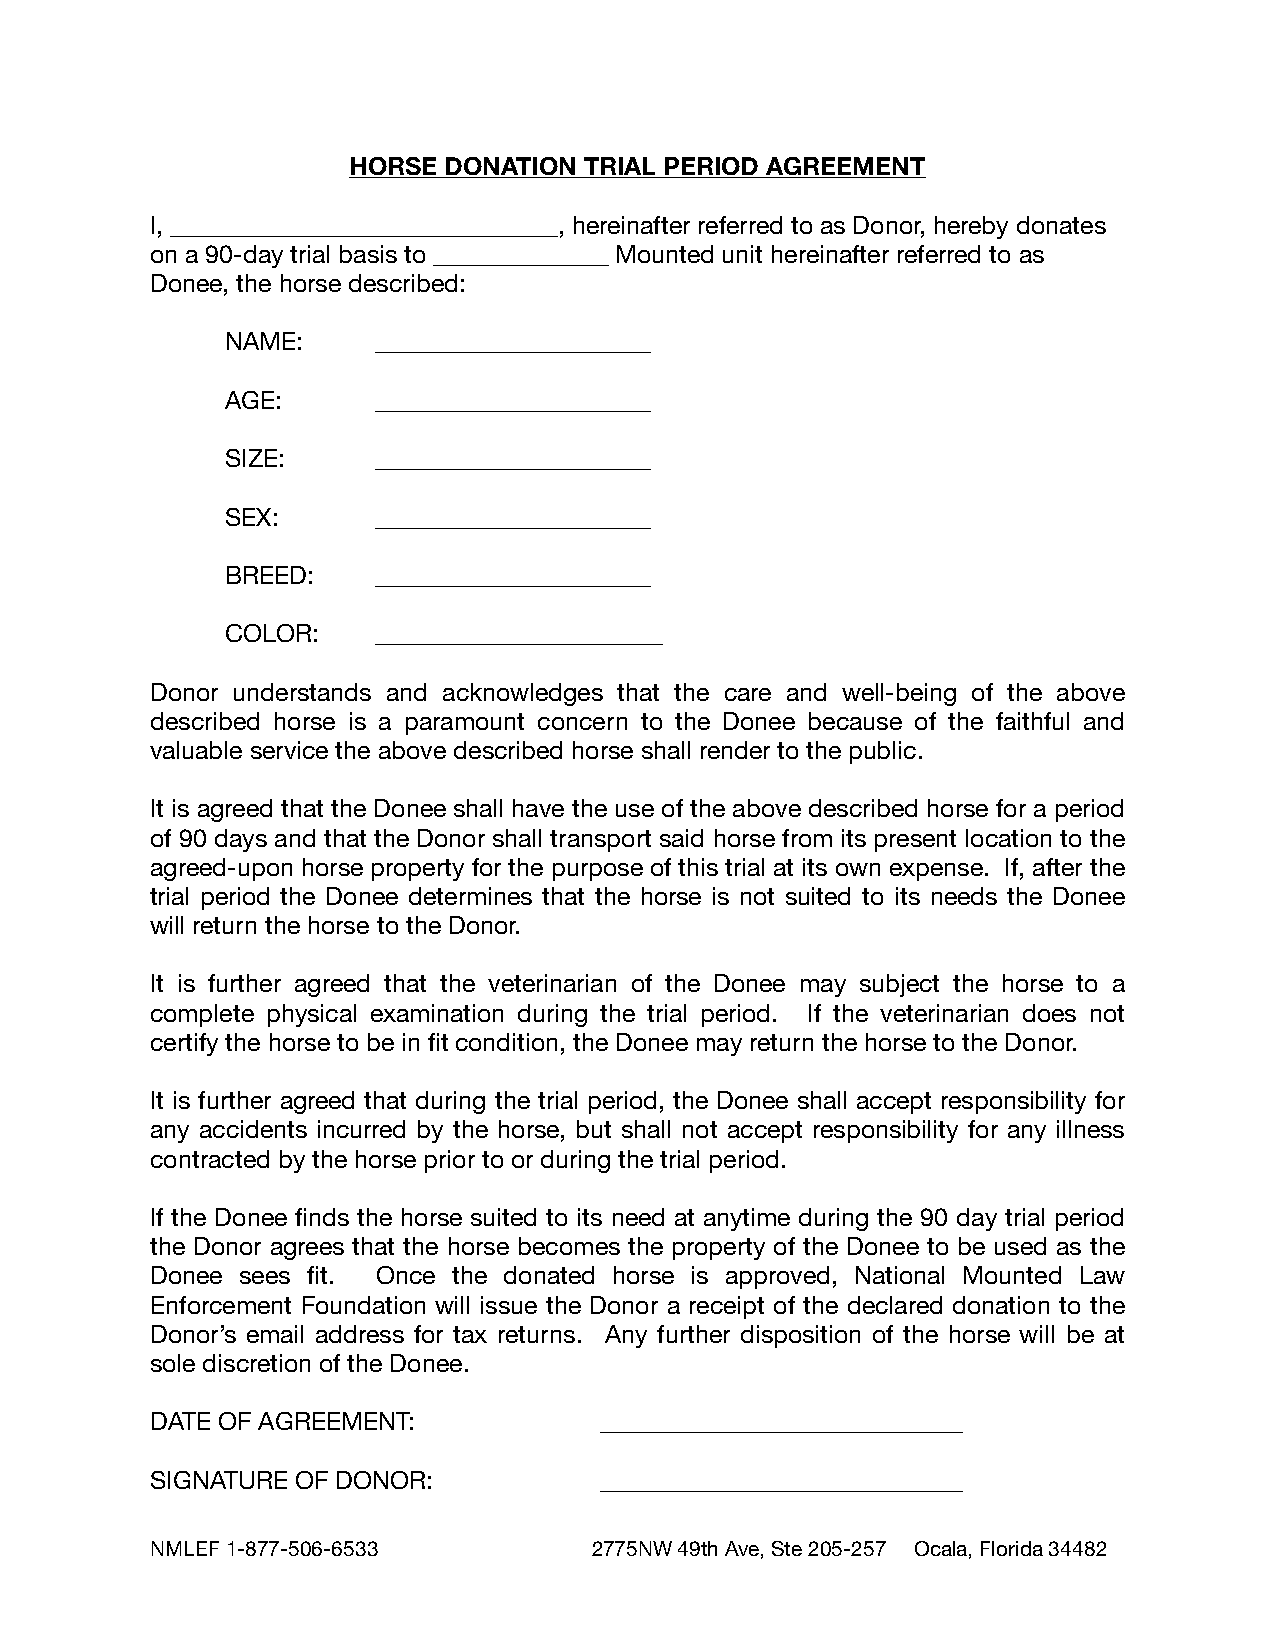
HORSE DONATION  TRIAL PERIOD AGREEMENT
 I, _______________________________, hereinafter referred to as Donor, hereby donates
 on a 90-day trial basis to ______________ Mounted unit hereinafter referred to as
 Donee, the horse described:
 NAME:     ______________________
 AGE:      ______________________
 SIZE:     ______________________
 SEX:      ______________________
 BREED:    ______________________
 COLOR:    _______________________
 Donor understands and acknowledges that the care and well-being of the above
 described horse is a paramount concern to the Donee because of the faithful and
 valuable service the above described horse shall render to the public.
 It is agreed that the Donee shall have the use of the above described horse for a period
 of 90 days and that the Donor shall transport said horse from its present location to the
 agreed-upon horse property for the purpose of this trial at its own expense. If, after the
 trial period the Donee determines that the horse is not suited to its needs the Donee
 will return the horse to the Donor.
 It is further agreed that the veterinarian of the Donee may subject the horse to a
 complete physical examination during the trial period. If the veterinarian does not
 certify the horse to be in fit condition, the Donee may return the horse to the Donor.
 It is further agreed that during the trial period, the Donee shall accept responsibility for
 any accidents incurred by the horse, but shall not accept responsibility for any illness
 contracted by the horse prior to or during the trial period.
 If the Donee finds the horse suited to its need at anytime during the 90 day trial period
 the Donor agrees that the horse becomes the property of the Donee to be used as the
 Donee sees fit. Once the donated horse is approved, National Mounted Law
 Enforcement Foundation will issue the Donor a receipt of the declared donation to the
 Donor’s email address for tax returns. Any further disposition of the horse will be at
 sole discretion of the Donee.
 DATE OF AGREEMENT:            _____________________________
 SIGNATURE OF DONOR:           _____________________________
 NM LEF 1-877-506-6533        2775NW 49th Ave, Ste 205-257 Ocala, Florida 34482